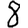
Digit: 8